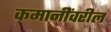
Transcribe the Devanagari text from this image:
कमानींवरील